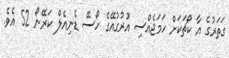
ގަތަރުގެ އާ ކޯޗަކަށް ހަމަޖެއްސި އުރުގުއޭގެ ހޯސޭ ޑެނިއެލް ކަރޭނޯ 52 އެވެ.